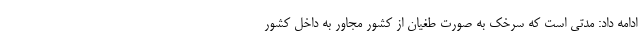
ادامه داد: مدتی است که سرخک به صورت طغیان از کشور مجاور به داخل کشور